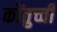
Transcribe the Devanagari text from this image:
कोंतुच्ची